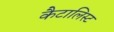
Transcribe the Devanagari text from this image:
कैटालिस्ट